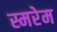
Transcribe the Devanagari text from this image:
स्मरेम